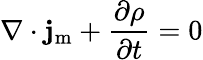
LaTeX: \nabla\cdot\mathbf{j}_{\mathrm{{m}}}+{\frac{\partial\rho}{\partial t}}=0